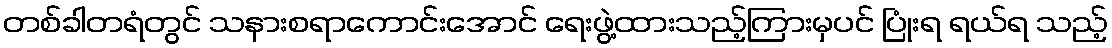
တစ်ခါတရံတွင် သနားစရာကောင်းအောင် ရေးဖွဲ့ထားသည့်ကြားမှပင် ပြုံးရ ရယ်ရ သည့်